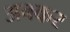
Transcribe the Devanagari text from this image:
अबकर